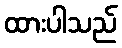
ထားပါသည်